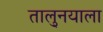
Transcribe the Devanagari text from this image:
तालु्नयाला